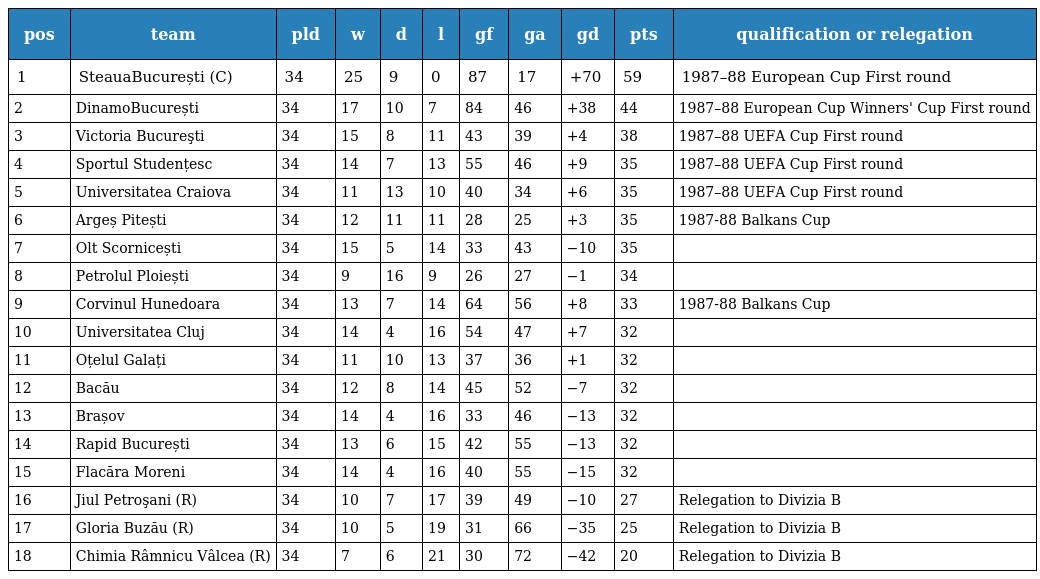
| pos | team | pld | w | d | l | gf | ga | gd | pts | qualification or relegation |
 | --- | --- | --- | --- | --- | --- | --- | --- | --- | --- | --- |
 | 1 | SteauaBucurești (C) | 34 | 25 | 9 | 0 | 87 | 17 | +70 | 59 | 1987–88 European Cup First round |
 | 2 | DinamoBucurești | 34 | 17 | 10 | 7 | 84 | 46 | +38 | 44 | 1987–88 European Cup Winners' Cup First round |
 | 3 | Victoria Bucureşti | 34 | 15 | 8 | 11 | 43 | 39 | +4 | 38 | 1987–88 UEFA Cup First round |
 | 4 | Sportul Studențesc | 34 | 14 | 7 | 13 | 55 | 46 | +9 | 35 | 1987–88 UEFA Cup First round |
 | 5 | Universitatea Craiova | 34 | 11 | 13 | 10 | 40 | 34 | +6 | 35 | 1987–88 UEFA Cup First round |
 | 6 | Argeș Pitești | 34 | 12 | 11 | 11 | 28 | 25 | +3 | 35 | 1987-88 Balkans Cup |
 | 7 | Olt Scornicești | 34 | 15 | 5 | 14 | 33 | 43 | −10 | 35 |  |
 | 8 | Petrolul Ploiești | 34 | 9 | 16 | 9 | 26 | 27 | −1 | 34 |  |
 | 9 | Corvinul Hunedoara | 34 | 13 | 7 | 14 | 64 | 56 | +8 | 33 | 1987-88 Balkans Cup |
 | 10 | Universitatea Cluj | 34 | 14 | 4 | 16 | 54 | 47 | +7 | 32 |  |
 | 11 | Oțelul Galați | 34 | 11 | 10 | 13 | 37 | 36 | +1 | 32 |  |
 | 12 | Bacău | 34 | 12 | 8 | 14 | 45 | 52 | −7 | 32 |  |
 | 13 | Brașov | 34 | 14 | 4 | 16 | 33 | 46 | −13 | 32 |  |
 | 14 | Rapid București | 34 | 13 | 6 | 15 | 42 | 55 | −13 | 32 |  |
 | 15 | Flacăra Moreni | 34 | 14 | 4 | 16 | 40 | 55 | −15 | 32 |  |
 | 16 | Jiul Petroşani (R) | 34 | 10 | 7 | 17 | 39 | 49 | −10 | 27 | Relegation to Divizia B |
 | 17 | Gloria Buzău (R) | 34 | 10 | 5 | 19 | 31 | 66 | −35 | 25 | Relegation to Divizia B |
 | 18 | Chimia Râmnicu Vâlcea (R) | 34 | 7 | 6 | 21 | 30 | 72 | −42 | 20 | Relegation to Divizia B |